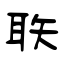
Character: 聅